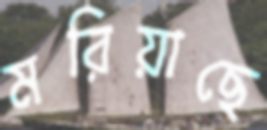
মরিয়াছে